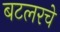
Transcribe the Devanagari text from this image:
बटलरचे